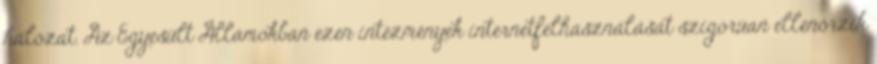
hálózat. Az Egyesült Államokban ezen intézmények internetfelhasználását szigorúan ellenőrzik